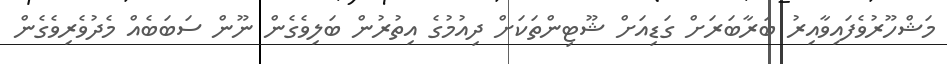
މަޝްހޫރުވެފައިވާއިރު ބަރާބަރަށް ގަޑިއަށް ޝޫޓިންތަކަށް ދިއުމުގެ އިތުރުން ބަލިވެގެން ނޫން ސަބަބެއް މެދުވެރިވެގެން